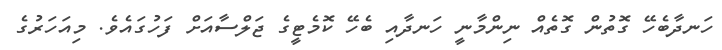
ހަނދާބެހޭ ގޮތުން ގޮތެއް ނިންމާނީ ހަނދާއި ބެހޭ ކޮމެޓީގެ ޖަަލްސާއަށް ފަހުގައެވެ. މިއަހަރުގެ